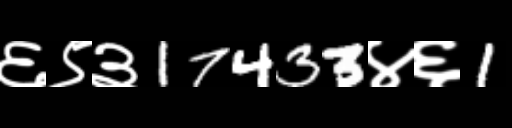
Text: ६९३17433४६1